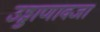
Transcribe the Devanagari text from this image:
उड्डाणावजा